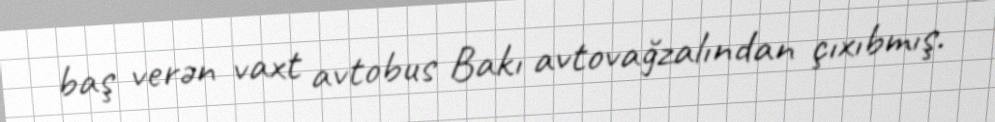
baş verən vaxt avtobus Bakı avtovağzalından çıxıbmış.